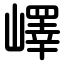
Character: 嶧